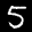
Label: 5